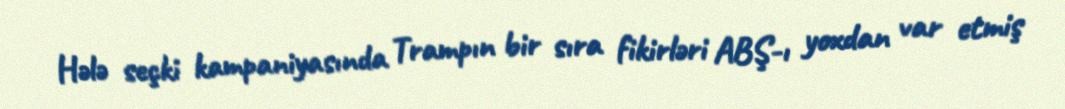
Hələ seçki kampaniyasında Trampın bir sıra fikirləri ABŞ-ı yoxdan var etmiş